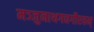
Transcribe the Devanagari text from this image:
मञ्जुनाथगद्यगौरवम्